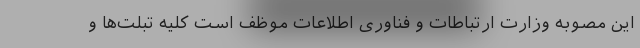
این مصوبه وزارت ارتباطات و فناوری اطلاعات موظف است کلیه تبلت‌ها و